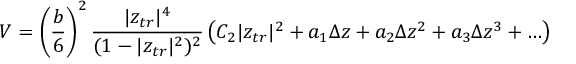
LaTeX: V = \left( \frac { b } { 6 } \right) ^ { 2 } \frac { | z _ { t r } | ^ { 4 } } { ( 1 - | z _ { t r } | ^ { 2 } ) ^ { 2 } } \left( C _ { 2 } | z _ { t r } | ^ { 2 } + a _ { 1 } \Delta z + a _ { 2 } \Delta z ^ { 2 } + a _ { 3 } \Delta z ^ { 3 } + \ldots \right)